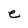
Character: e